Indian Medical Review
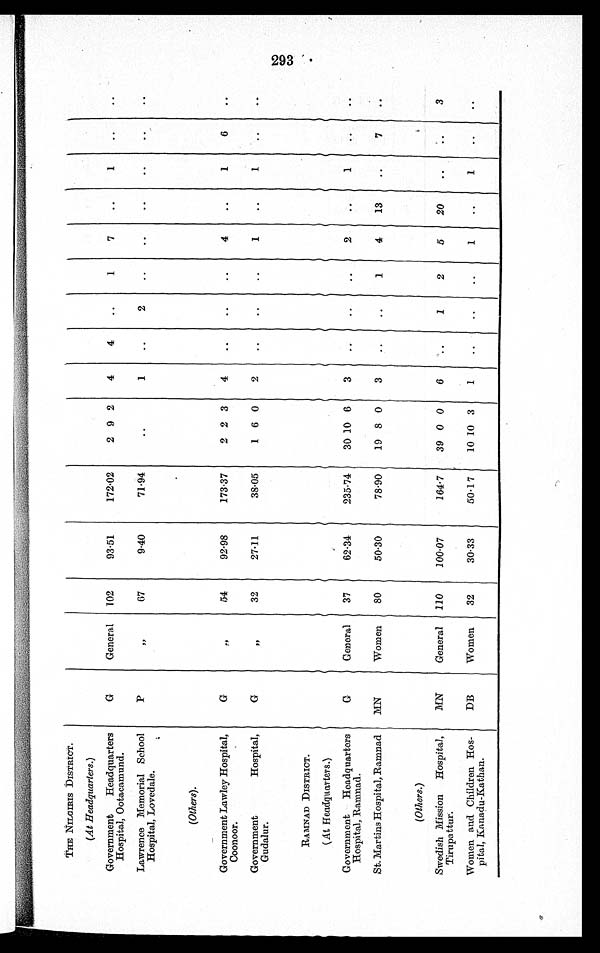
THE NILGIRIS DISTRICT.
(At Headquarters.)
Governmet Headquarters
Hospital, Ootacamund.
G
General
102
93·51
172·02
2 9 2
4
4
..
1
7
..
1
..
..
Lawrence Memorial School
Hospital, Lovedale.
P
"
67
9·40
71.9
. .
1
..
2
..
..
..
..
..
..
(Others).
Government Lawley Hospital,
Coonoor.
G
"
54
92·98
173·37
2 2 3
4
..
..
..
4
..
1
6
. .
Government
Hospital,
Gudalur.
G
f /
32
27·11
38·05
1 6 0
2
..
..
..
1
.. ..
..
..
RAMNAD DISTRICT.
(At Headquarters.)
Government
Headquarters
Hospital, Ramnad.
G
General
37
62·34
235·74
30 10 6
3
..
..
..
2
..
1
. .
. .
St. Martins Hospital, Ramnad
MN
Women
80
50·30
78·90
19 8 0
3
..
..
1
4
13
..
7
. .
(Others.)
Swedish Mission
Hospital,
T i r u p a U m .
MN
General
110
100·07
164·7
39 0 0
6
..
1
2
5
20
..
..
. .
Women and Children Hos-
pital, Kanadu-Kathan.
DB
Women
32
30·33
50·17
10
1 0
3
1
. .
. .
. .
1
..
1
..
..